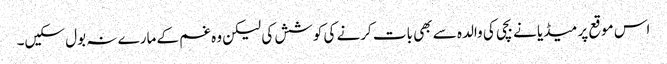
اس موقع پر میڈیا نے بچی کی والدہ سے بھی بات کرنے کی کوشش کی لیکن وہ غم کے مارے نہ بول سکیں۔